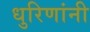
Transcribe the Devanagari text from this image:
धुरिणांनी